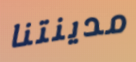
مدينتنا